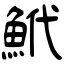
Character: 鮘